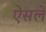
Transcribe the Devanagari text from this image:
ऐसले